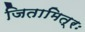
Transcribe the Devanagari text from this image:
जितामित्रः